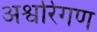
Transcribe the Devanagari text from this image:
अश्वरिंगण